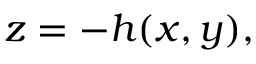
z = - h ( x , y ) ,